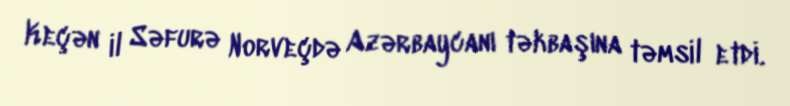
Keçən il Səfurə Norveçdə Azərbaycanı təkbaşına təmsil etdi.